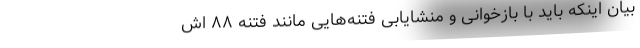
بیان اینکه باید با بازخوانی و منشایابی فتنه‌هایی مانند فتنه ۸۸ اش